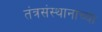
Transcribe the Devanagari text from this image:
तंत्रसंस्थानाच्या